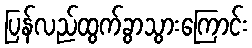
ပြန်လည်ထွက်ခွာသွားကြောင်း